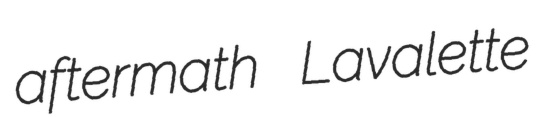
aftermath Lavalette